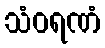
သံဝရဏံ